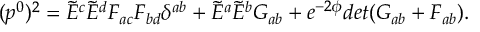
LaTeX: ( p ^ { 0 } ) ^ { 2 } = \tilde { E } ^ { c } \tilde { E } ^ { d } F _ { a c } F _ { b d } \delta ^ { a b } + \tilde { E } ^ { a } \tilde { E } ^ { b } G _ { a b } + e ^ { - 2 \phi } d e t ( G _ { a b } + F _ { a b } ) .